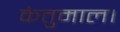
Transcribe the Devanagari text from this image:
केतुमाल।